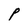
Character: P